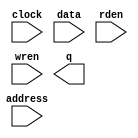
module RAMB16_S9_altera (
	address,
	clock,
	data,
	rden,
	wren,
	q);

	input	[10:0]  address;
	input	  clock;
	input	[7:0]  data;
	input	  rden;
	input	  wren;
	output	[7:0]  q;
`ifndef ALTERA_RESERVED_QIS
// synopsys translate_off
`endif
	tri1	  clock;
	tri1	  rden;
`ifndef ALTERA_RESERVED_QIS
// synopsys translate_on
`endif

endmodule